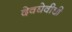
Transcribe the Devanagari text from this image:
देवघेवीची